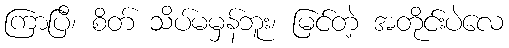
ကြာပြီ၊ စိတ် သိပ်မမှန်ဘူး၊ မြင်တဲ့ အတိုင်းပဲလေ